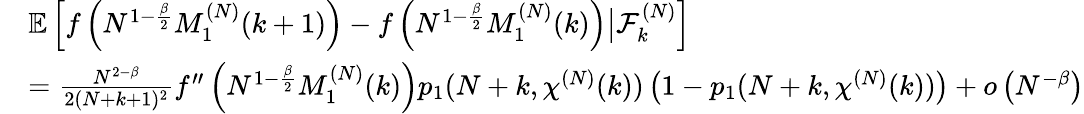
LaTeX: \begin{array}{rl}&{\mathbb{E}\left[f\left(N^{1-\frac{\beta}{2}}M_{1}^{(N)}(k+1)\right)-f\left(N^{1-\frac{\beta}{2}}M_{1}^{(N)}(k)\right)\big|\mathcal{F}_{k}^{(N)}\right]}\\ &{=\frac{N^{2-\beta}}{2(N+k+1)^{2}}f^{\prime\prime}\left(N^{1-\frac{\beta}{2}}M_{1}^{(N)}(k)\right)p_{1}(N+k,\chi^{(N)}(k))\left(1-p_{1}(N+k,\chi^{(N)}(k))\right)+o\left(N^{-\beta}\right)}\end{array}